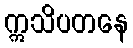
ဣသိပတနေ